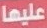
عليها